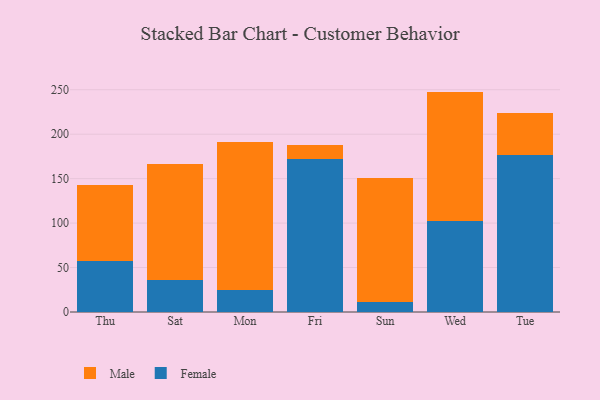
{"axis": {"x": "Day", "y": "Waste Production (Tons)"}, "legend": ["Female", "Male"], "data": [{"x": "Thu", "y": 57.9, "type": "Female"}, {"x": "Thu", "y": 84.6, "type": "Male"}, {"x": "Sat", "y": 36.3, "type": "Female"}, {"x": "Sat", "y": 130.3, "type": "Male"}, {"x": "Mon", "y": 24.5, "type": "Female"}, {"x": "Mon", "y": 167.2, "type": "Male"}, {"x": "Fri", "y": 172.5, "type": "Female"}, {"x": "Fri", "y": 15.8, "type": "Male"}, {"x": "Sun", "y": 11.4, "type": "Female"}, {"x": "Sun", "y": 139.4, "type": "Male"}, {"x": "Wed", "y": 102.4, "type": "Female"}, {"x": "Wed", "y": 145.5, "type": "Male"}, {"x": "Tue", "y": 176.9, "type": "Female"}, {"x": "Tue", "y": 46.6, "type": "Male"}]}